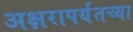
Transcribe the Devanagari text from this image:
अक्षरापर्यंतच्या